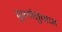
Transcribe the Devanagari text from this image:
कुलोत्तुंगज